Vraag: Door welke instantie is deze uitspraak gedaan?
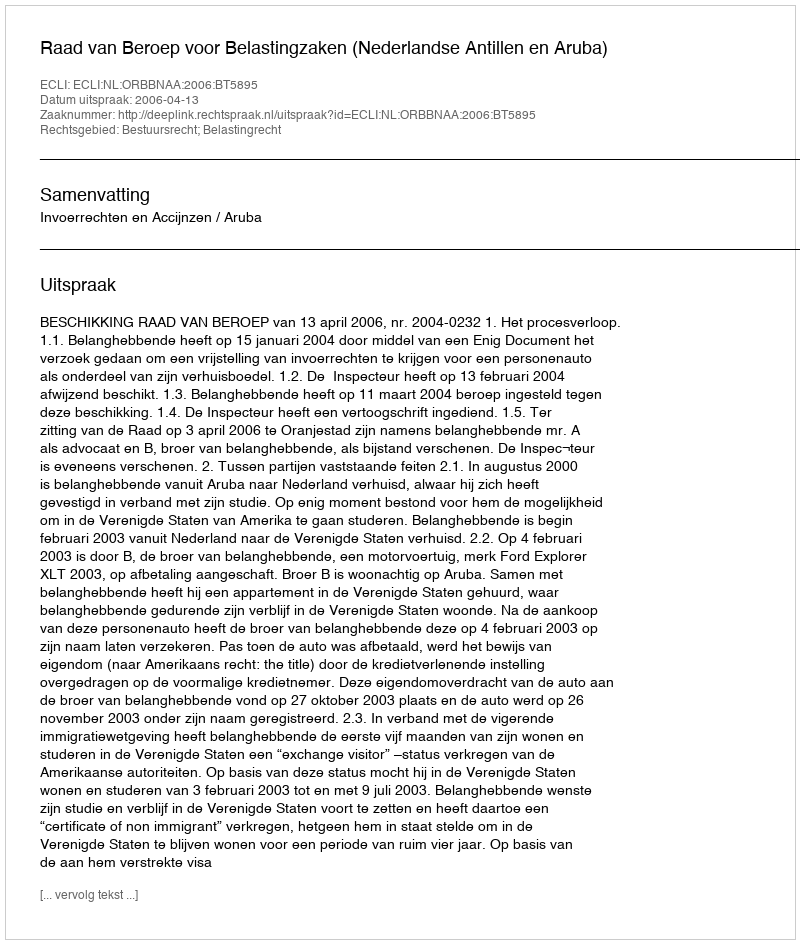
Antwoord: Raad van Beroep voor Belastingzaken (Nederlandse Antillen en Aruba)